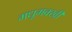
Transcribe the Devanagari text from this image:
मधूमक्खी